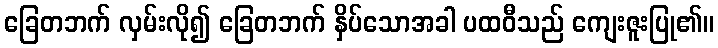
ခြေတဘက် လှမ်းလို၍ ခြေတဘက် နှိပ်သောအခါ ပထဝီသည် ကျေးဇူးပြု၏။